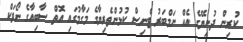
ކުރިން ދުނިޔޭގެ އެއް ނަމްބަރު ޓެނިސް ކުޅުންތެރިޔާގެ މަގާމުގައި އޮތް ސާބިއާގެ ނޯވަކް